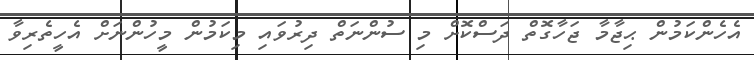
އެހެންކަމުން ޙިޖާމާ ޖަހާގޮތް ދަސްކޮށް މި ސުންނަތް ދިރުވައި މިކަމުން މީހުންނަށް އެހީތެރިވާ